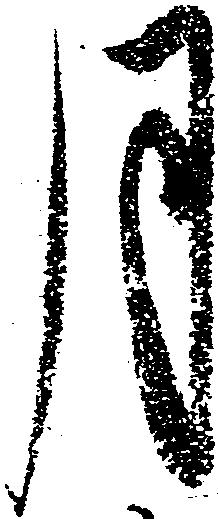
月